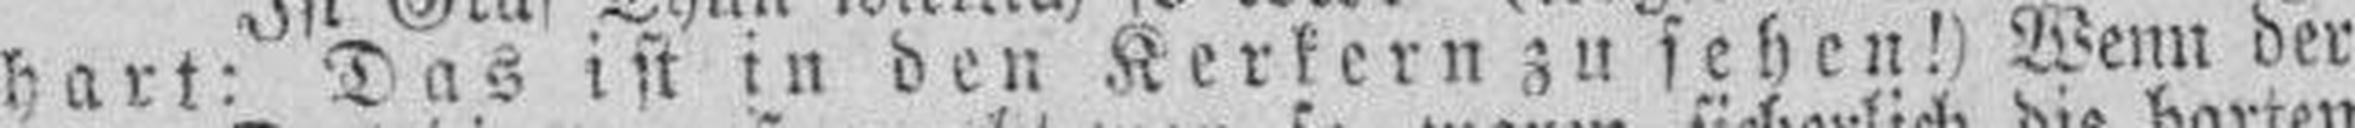
hart: Das ist in den Kerkern zu sehen!) Wenn der